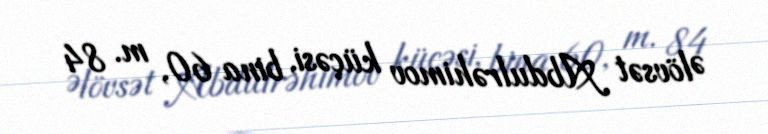
Əlövsət Abdulrəhimov küçəsi, bina 60, m. 84